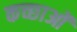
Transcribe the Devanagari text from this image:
कच्छाओं